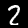
Digit: 2